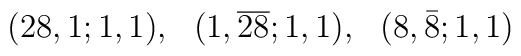
(28,1;1,1), ~~(1,\overline{28};1,1),~~(8,\bar{8};1,1)